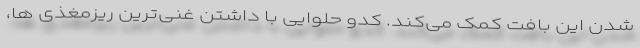
شدن این بافت کمک می‌کند. کدو حلوایی با داشتن غنی‌ترین ریزمغذی ها،